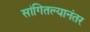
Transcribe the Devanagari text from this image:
सांगितल्यानंतर